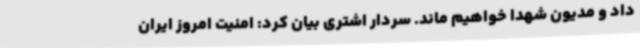
داد و مدیون شهدا خواهیم ماند. سردار اشتری بیان کرد: امنیت امروز ایران